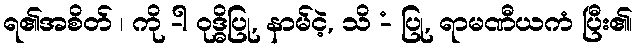
ရ၏အစိတ် ၊ ကို -ါ ဝုဒ္ဓိပြု, နာမ်ငဲ့, သိ -ံ ပြု, ရာမဏီယကံ ပြီး၏၊